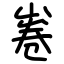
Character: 㟡